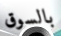
بالسوق